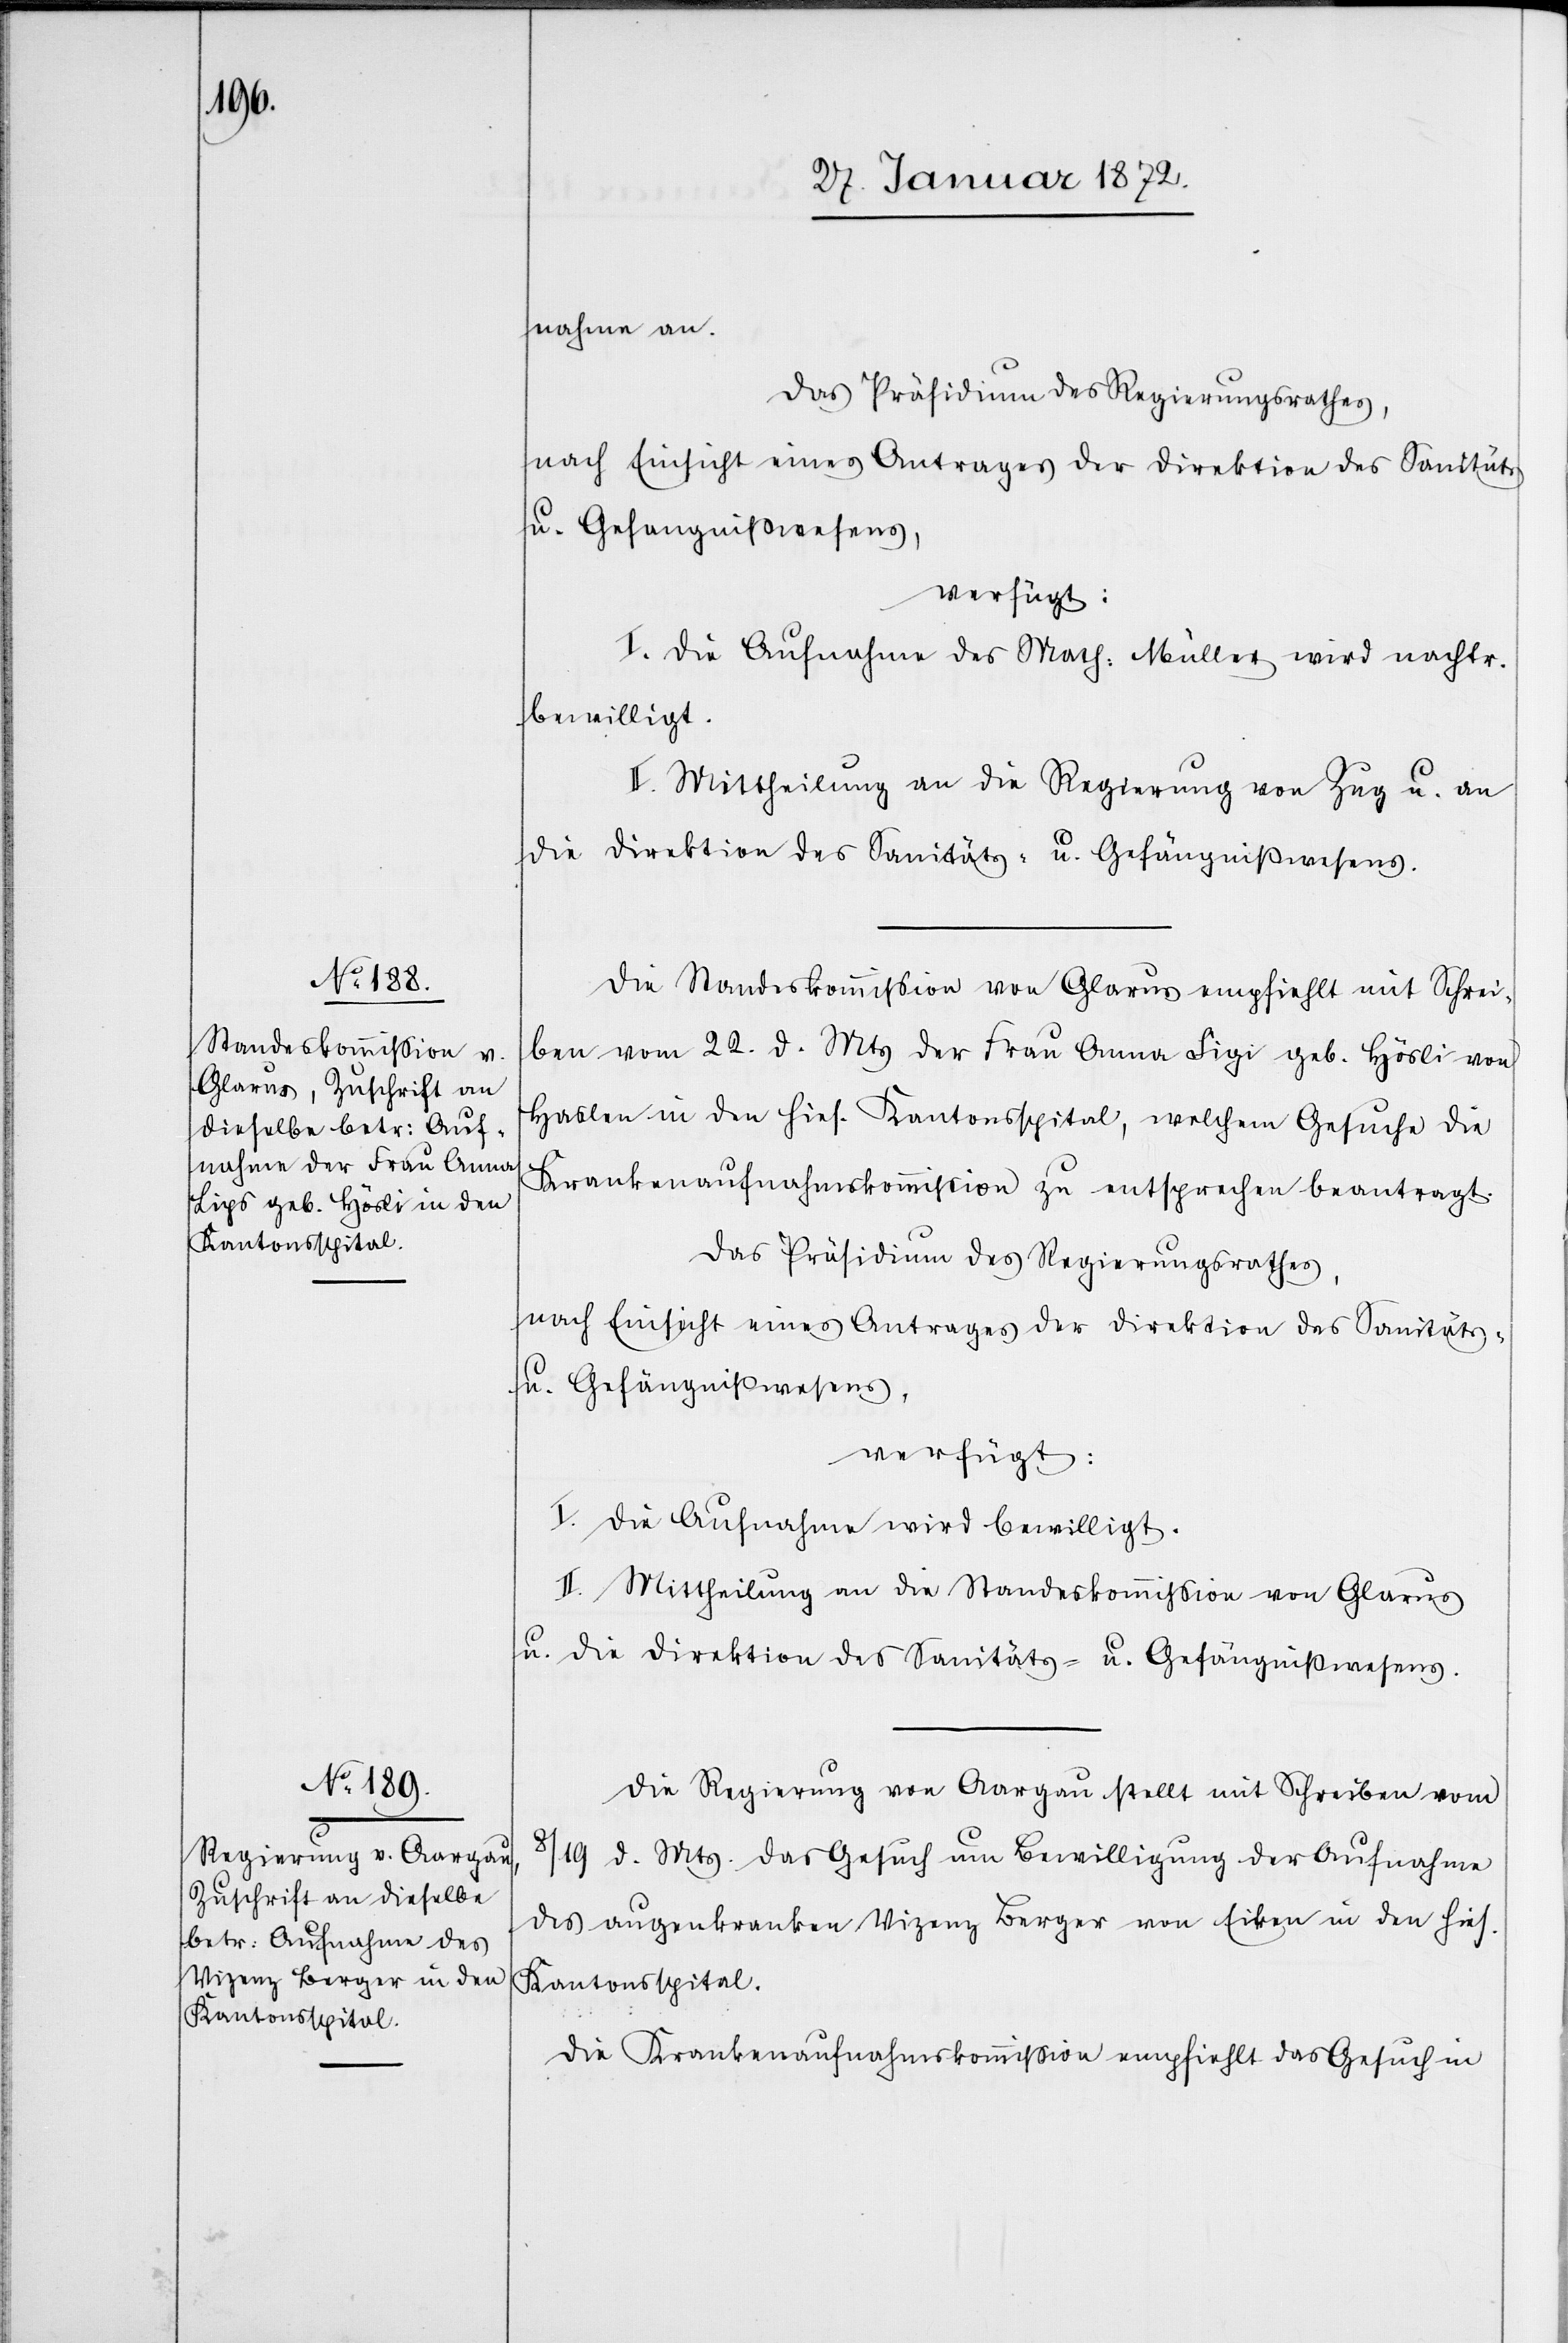
27. Januar 1872.]
nahme an.
Das Präsidium des Regierungsrathes,
nach Einsicht eines Antrages der Direktion des Sanitäts
u. Gefängnißwesens,
verfügt:
I. Die Aufnahme des Math. Müller wird nachtr.
bewilligt.
II. Mittheilung an die Regierung von Zug u. an
die Direktion des Sanitäts- u. Gefängnißwesens.
Die Standeskommission von Glarus empfiehlt mit Schrei¬
ben vom 22. d. Mts der Frau Anna Sigi [sic!] geb. Hösli von
Haslen in den hies. Kantonsspital, welchem Gesuche die
Krankenaufnahmskommission zu entsprechen beantragt.
Das Präsidium des Regierungsrathes,
nach Einsicht eines Antrages der Direktion des Sanitäts-
u. Gefängnißwesens,
verfügt:
I. Die Aufnahme wird bewilligt.
II. Mittheilung an die Standeskommission von Glarus
u. die Direktion des Sanitäts- u. Gefängnißwesens.
Die Regierung von Aargau stellt mit Schreiben vom
8/19 d. Mts. das Gesuch um Bewilligung der Aufnahme
des augenkranken Vizenz Berger von Eiken in den hies.
Kantonsspital.
Die Krankenaufnahmskommission empfiehlt das Gesuch in